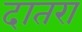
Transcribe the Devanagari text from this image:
दातरा